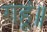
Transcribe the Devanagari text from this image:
गहूं॥